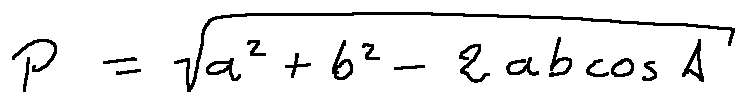
p = \sqrt { a ^ { 2 } + b ^ { 2 } - 2 a b \cos A }